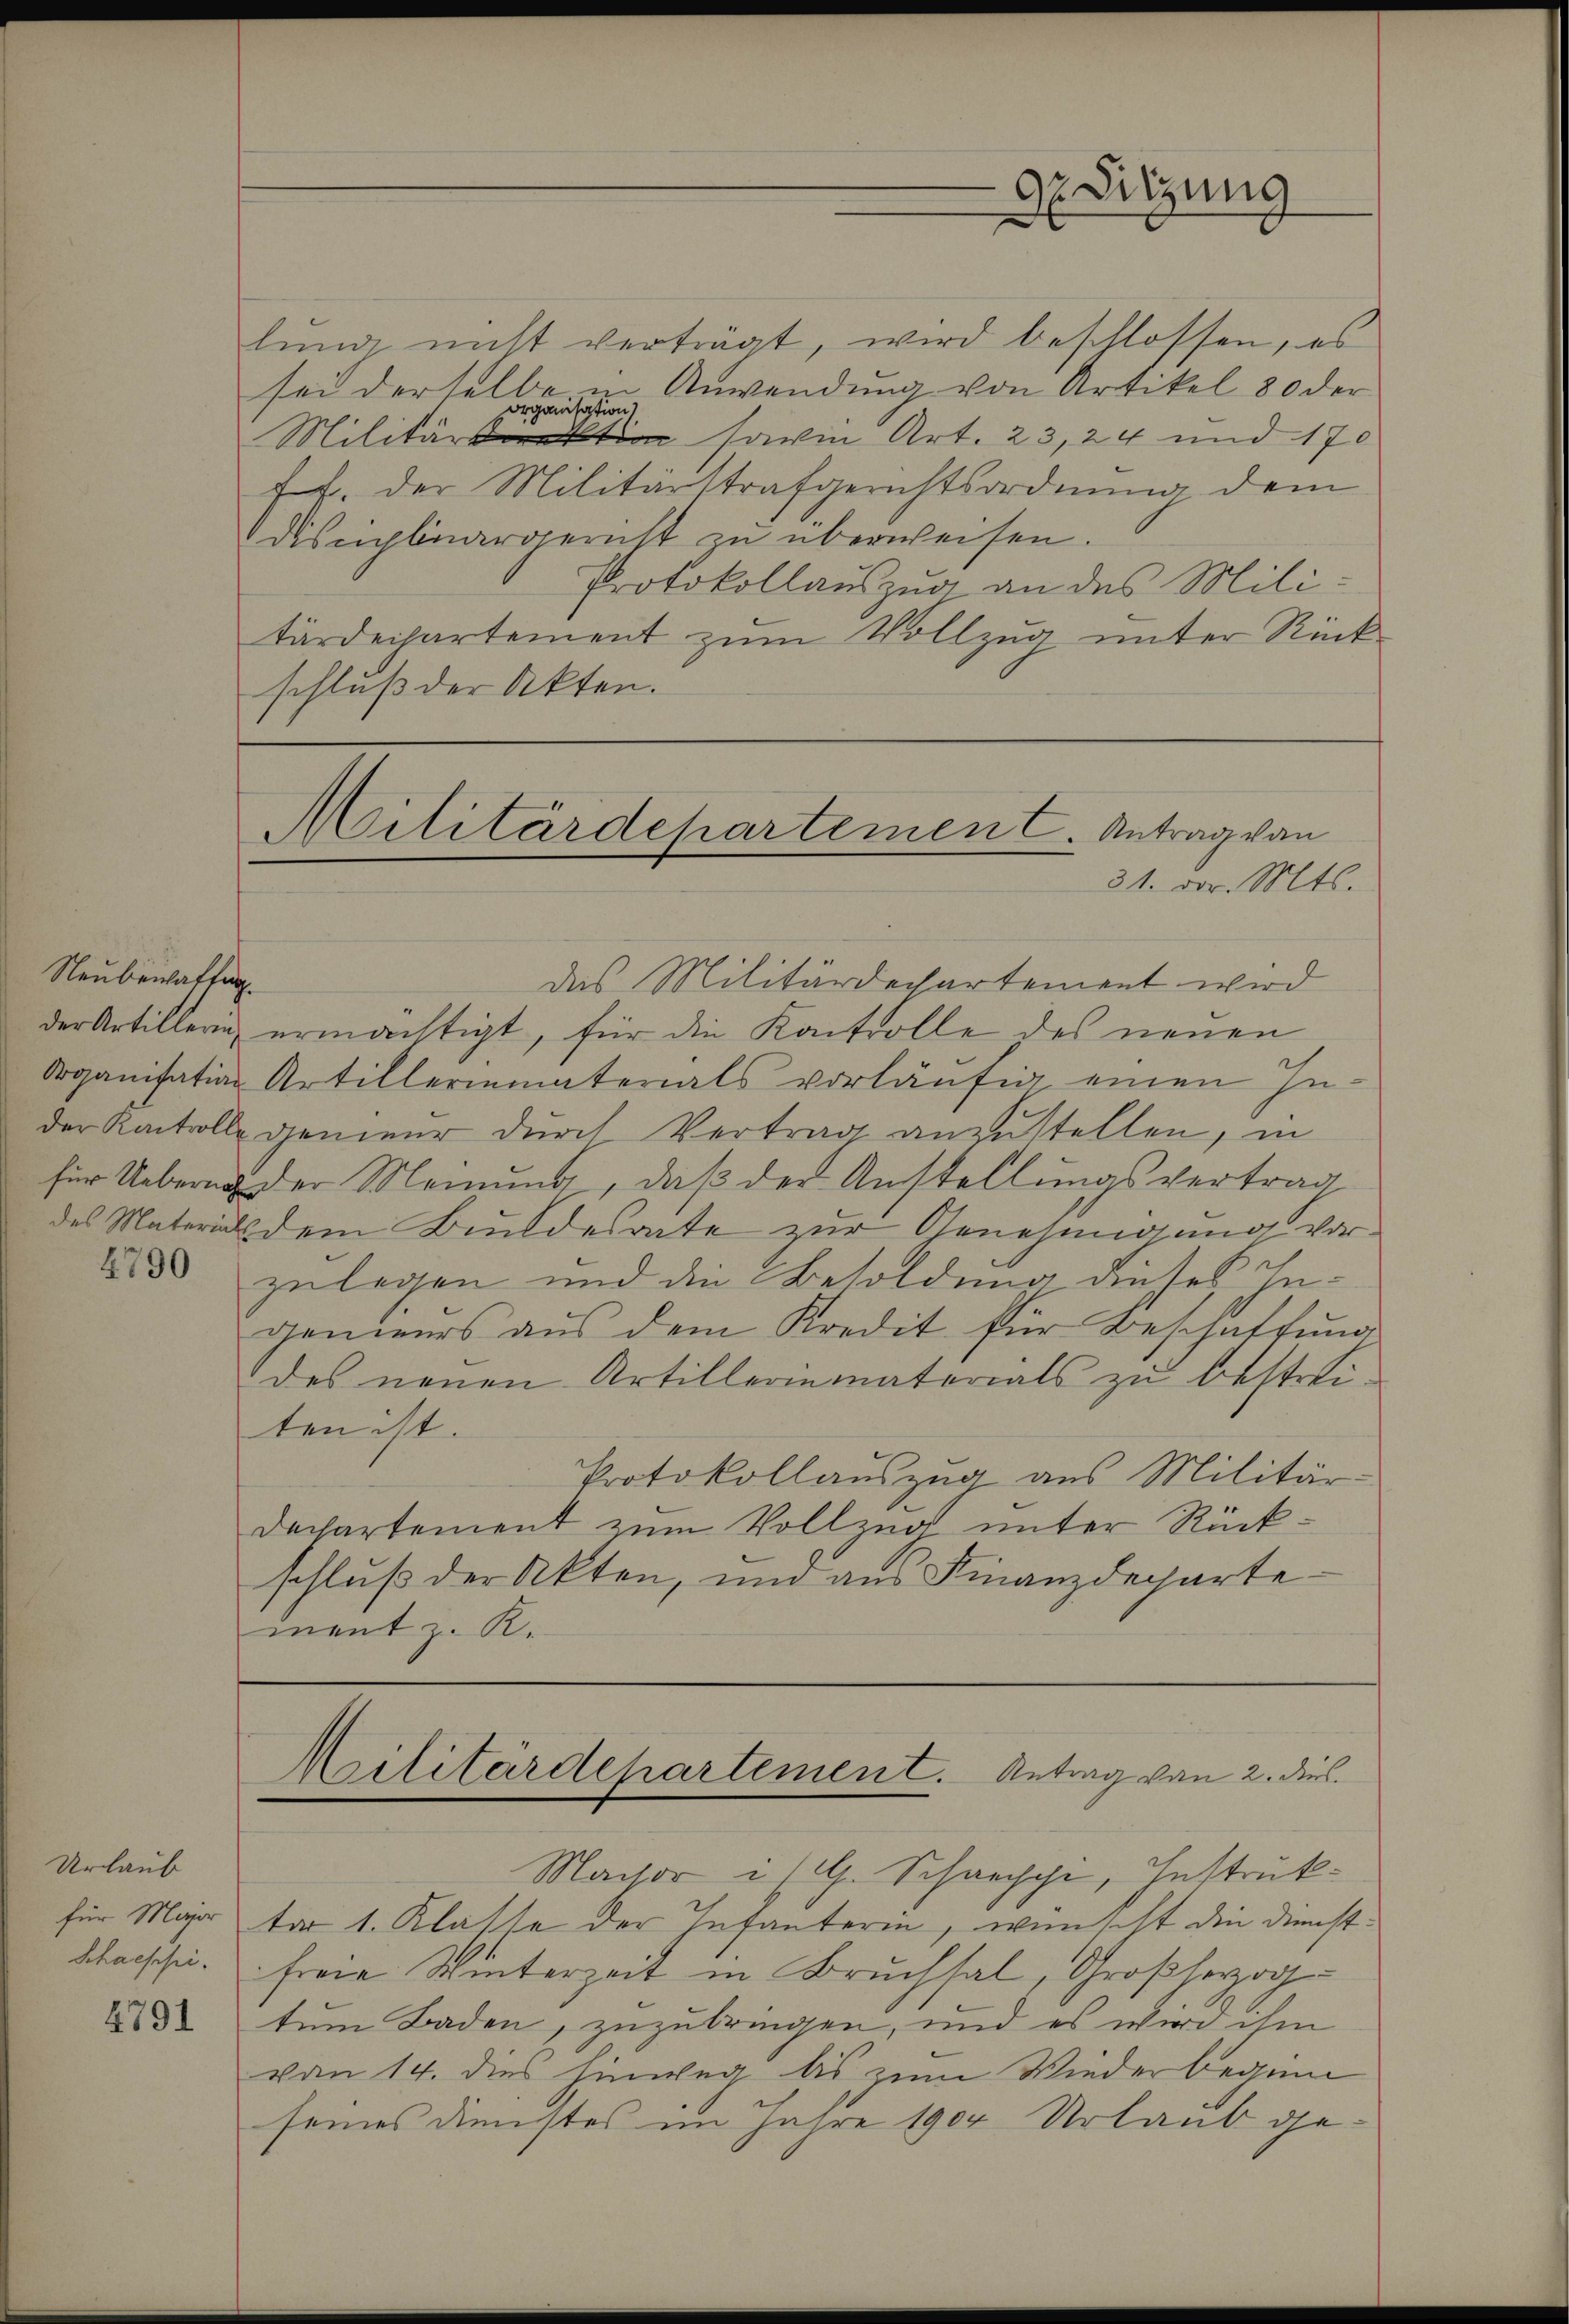
Neubewaltun

4790

Urlaub
4791

lung nicht verträgt, wird beschlossen, es
.
e
u Anwendung von Artikel 80 der
sei der selben
Militärdirektion sowie Art. 23,24 und 170
ff. der Militärstrafgerichtsordnung dem
Disciplinargericht zu überweisen.
Protokollauszug an des Militärdechartement zum Vollzug unter Rückschluß der Akten.

Militärdepartement. Antrag von
31. vor. Mts.

das Militärdechartement wird
der Artillerin ermächtigt, für die Kontrolle des neuen
Organisation Artillermaterials vorläŭfig einen In-
der Kontrolle genieur durch Vertrag anzustellen, in
für Uebern der Meinung, daß der Anstellungsvertrag
des Materials dem Bundesrate zur Genehmigung vorzulegen und die Besoldung dieses Ingenieurs aŭs dem Kredit für Beschaftŭng
des neuen Artillerinmaterials zu bestreiten ist.
Protokollauszug aus Militär
Dechartement zum Vollzug unter Rückschluß der Akten, und aus Finanzdeparte
ment z. K.

Militärdepartement. Antrag von 2. dies

Macsoris G. Schrechpi, Instruk¬

9r Sitzung

für Major der 1. Klasse der Infanterin, wünscht die Dienst¬
Chaische. Freie Winterzeit in Bruchsal, Großherzog
tum Baden, zuzubringen, und es wird ihm
von 14. dies hinweg bis zum Wiederbeginn
seines Dienstes im Jahre 1904 Urlaub ge¬